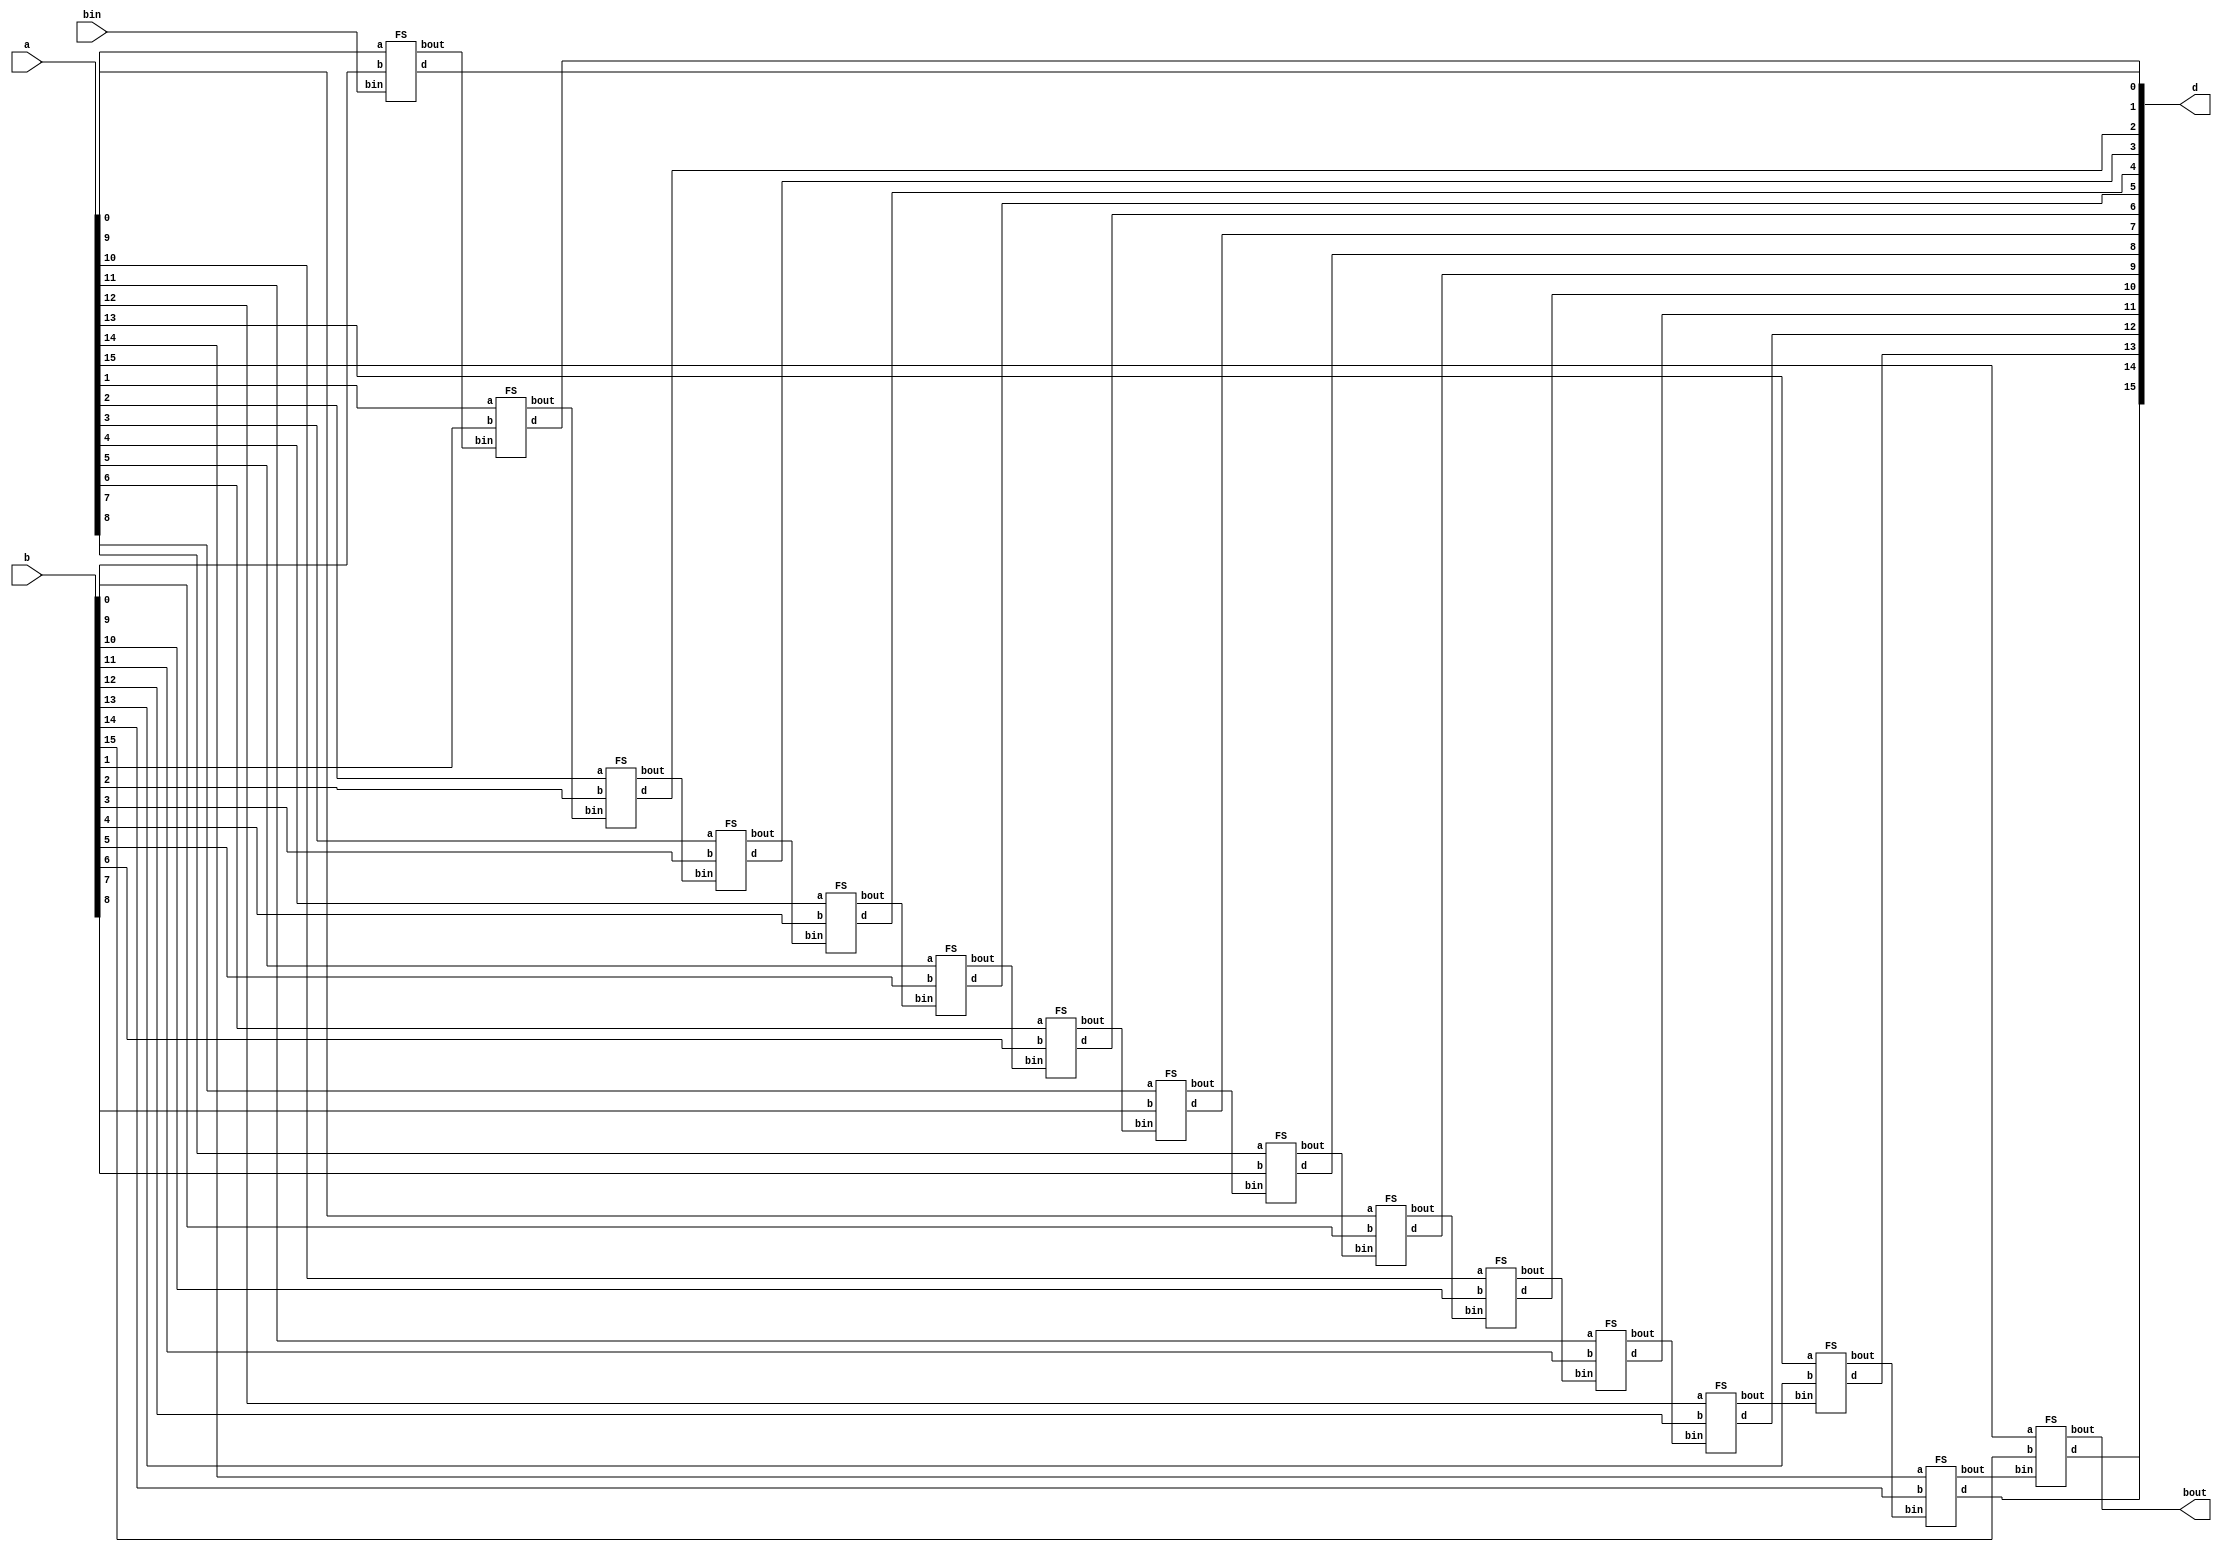
`timescale 1ns / 1ps
//////////////////////////////////////////////////////////////////////////////////
// Company: 
// Engineer: 
// 
// Design Name: 
// Module Name: Subtractor16bit
// Project Name: 
// Target Devices: 
// Tool Versions: 
// Description: 
// 
// Dependencies: 
// 
// Revision:
// Revision 0.01 - File Created
// Additional Comments:
// 
//////////////////////////////////////////////////////////////////////////////////


module Subtractor16bit(
    input [15:0] a,
    input [15:0] b,
    input bin,
    output bout,
    output [15:0] d
    );
    
    wire bout1, bout2, bout3, bout4, bout5, bout6, bout7, bout8, bout9, bout10,
    bout11, bout12, bout13, bout14, bout15;
    
    FS fs1(a[0], b[0], bin, bout1, d[0]);
    FS fs2(a[1], b[1], bout1, bout2, d[1]);
    FS fs3(a[2], b[2], bout2, bout3, d[2]);
    FS fs4(a[3], b[3], bout3, bout4, d[3]);
  
    FS fs5(a[4], b[4], bout4, bout5, d[4]);
    FS fs6(a[5], b[5], bout5, bout6, d[5]);
    FS fs7(a[6], b[6], bout6, bout7, d[6]);
    FS fs8(a[7], b[7], bout7, bout8, d[7]);
    
    FS fs9(a[8], b[8], bout8, bout9, d[8]);
    FS fs10(a[9], b[9], bout9, bout10, d[9]);
    FS fs11(a[10], b[10], bout10, bout11, d[10]);
    FS fs12(a[11], b[11], bout11, bout12, d[11]);
    
    FS fs13(a[12], b[12], bout12, bout13, d[12]);
    FS fs14(a[13], b[13], bout13, bout14, d[13]);
    FS fs15(a[14], b[14], bout14, bout15, d[14]);
    FS fs16(a[15], b[15], bout15, bout, d[15]);
endmodule

//full subtractor module
module FS(
    input a,
    input b,
    input bin,
    output bout,
    output d
    );
    
    wire x1, n1, n2, a1, a2;
    
    xor xor1 ( x1, a, b);  
    xor xor2 ( d, bin, x1);   
   
    and and1 ( a1, b, n1); 
    and and2 ( a2, bin, n2);  
     
    not not1( n1, a);  
    not not2( n2, x1);  
     
    or or1( bout, a1, a2);
endmodule